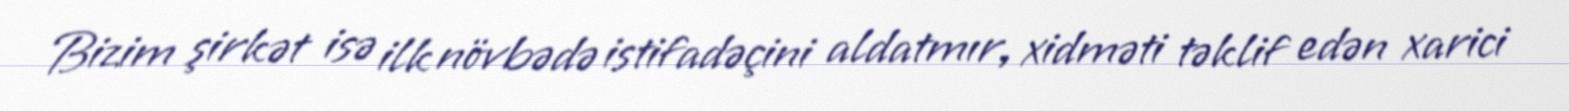
Bizim şirkət isə ilk növbədə istifadəçini aldatmır, xidməti təklif edən xarici